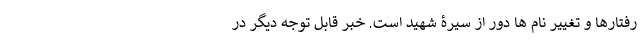
رفتارها و تغییر نام ها دور از سیرۀ شهید است. خبر قابل توجه دیگر در